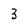
Character: 3